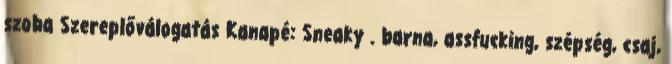
szoba Szereplőválogatás Kanapé: Sneaky . barna, assfucking, szépség, csaj,